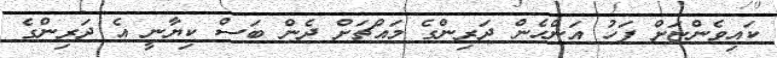
ކައިވެންޏަށް ފަހު އަންހެން ދަރިންގެ މައްޗަށް ދެން ބަސް ކިޔާނީ އެ ދަރިންގެ